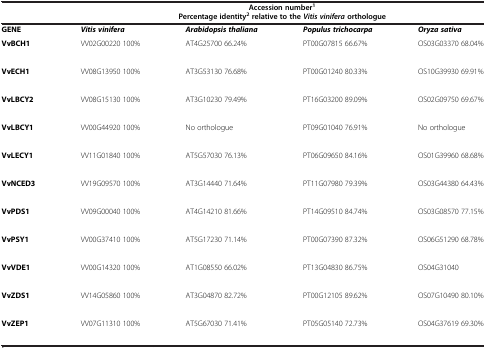
<table><thead><tr><td><b> </b></td><td colspan="4"><b>Accession number<sup>1 </sup>Percentage identity<sup>2</sup> relative to the <i>Vitis vinifera </i>orthologue</b></td></tr></thead><tbody><tr><td><b>GENE</b></td><td><b><i>Vitis vinifera</i></b></td><td><b><i>Arabidopsis thaliana</i></b></td><td><b><i>Populus trichocarpa</i></b></td><td><b><i>Oryza sativa</i></b></td></tr><tr><td><b>VvBCH1</b></td><td>VV02G00220 100%</td><td>AT4G25700 66.24%</td><td>PT00G07815 66.67%</td><td>OS03G03370 68.04%</td></tr><tr><td> </td><td> </td><td> </td><td> </td><td> </td></tr><tr><td><b>VvECH1</b></td><td>VV08G13950 100%</td><td>AT3G53130 76.68%</td><td>PT00G01240 80.33%</td><td>OS10G39930 69.91%</td></tr><tr><td> </td><td> </td><td> </td><td> </td><td> </td></tr><tr><td><b>VvLBCY2</b></td><td>VV08G15130 100%</td><td>AT3G10230 79.49%</td><td>PT16G03200 89.09%</td><td>OS02G09750 69.67%</td></tr><tr><td> </td><td> </td><td> </td><td> </td><td> </td></tr><tr><td><b>VvLBCY1</b></td><td>VV00G44920 100%</td><td>No orthologue</td><td>PT09G01040 76.91%</td><td>No orthologue</td></tr><tr><td> </td><td> </td><td> </td><td> </td><td> </td></tr><tr><td><b>VvLECY1</b></td><td>VV11G01840 100%</td><td>AT5G57030 76.13%</td><td>PT06G09650 84.16%</td><td>OS01G39960 68.68%</td></tr><tr><td> </td><td> </td><td> </td><td> </td><td> </td></tr><tr><td><b>VvNCED3</b></td><td>VV19G09570 100%</td><td>AT3G14440 71.64%</td><td>PT11G07980 79.39%</td><td>OS03G44380 64.43%</td></tr><tr><td> </td><td> </td><td> </td><td> </td><td> </td></tr><tr><td><b>VvPDS1</b></td><td>VV09G00040 100%</td><td>AT4G14210 81.66%</td><td>PT14G09510 84.74%</td><td>OS03G08570 77.15%</td></tr><tr><td> </td><td> </td><td> </td><td> </td><td> </td></tr><tr><td><b>VvPSY1</b></td><td>VV00G37410 100%</td><td>AT5G17230 71.14%</td><td>PT00G07390 87.32%</td><td>OS06G51290 68.78%</td></tr><tr><td> </td><td> </td><td> </td><td> </td><td> </td></tr><tr><td><b>VvVDE1</b></td><td>VV00G14320 100%</td><td>AT1G08550 66.02%</td><td>PT13G04830 86.75%</td><td>OS04G31040</td></tr><tr><td> </td><td> </td><td> </td><td> </td><td> </td></tr><tr><td><b>VvZDS1</b></td><td>VV14G05860 100%</td><td>AT3G04870 82.72%</td><td>PT00G12105 89.62%</td><td>OS07G10490 80.10%</td></tr><tr><td> </td><td> </td><td> </td><td> </td><td> </td></tr><tr><td><b>VvZEP1</b></td><td>VV07G11310 100%</td><td>AT5G67030 71.41%</td><td>PT05G05140 72.73%</td><td>OS04G37619 69.30%</td></tr><tr><td> </td><td> </td><td> </td><td> </td><td> </td></tr></tbody></table>